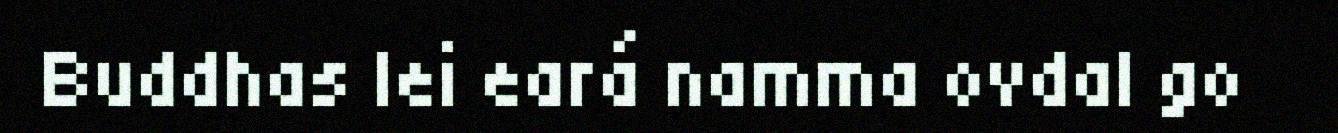
Buddhas lei eará namma ovdal go